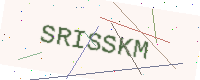
Text: SRISSKM